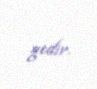
gedir.